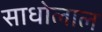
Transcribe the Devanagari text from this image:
साधोलाल